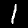
Label: 1